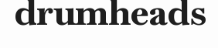
drumheads